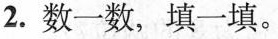
2.数一数，填一填。